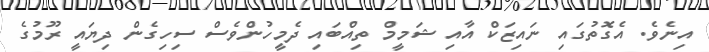
އިނެވެ. އެގޮތުގައި ނައިޒަކް އާއި ޝަމީމް ތިއްބައި ދެމީހުންވެސް ސިހިގެން ދިޔައީ ރޫމުގެ